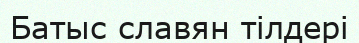
Батыс славян тілдері